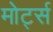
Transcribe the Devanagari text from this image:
मोर्ट्स